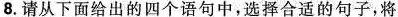
8.请从下面给出的四个语句中，选择合适的句子，将